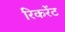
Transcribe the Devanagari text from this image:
रिकरेंट